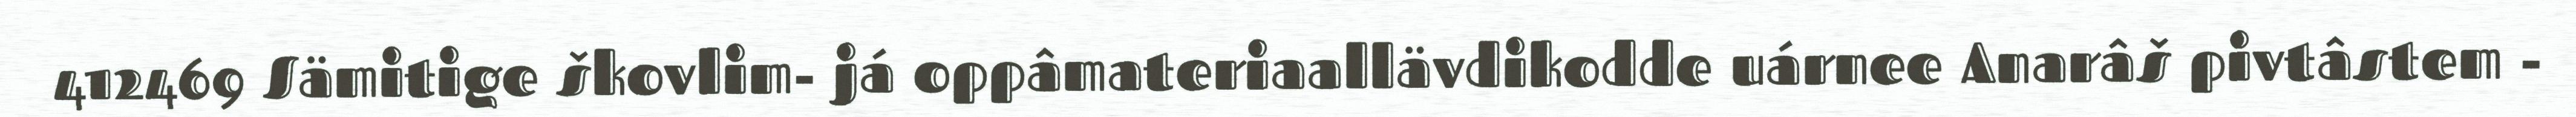
412469 Sämitige škovlim- já oppâmateriaallävdikodde uárnee Anarâš pivtâstem -